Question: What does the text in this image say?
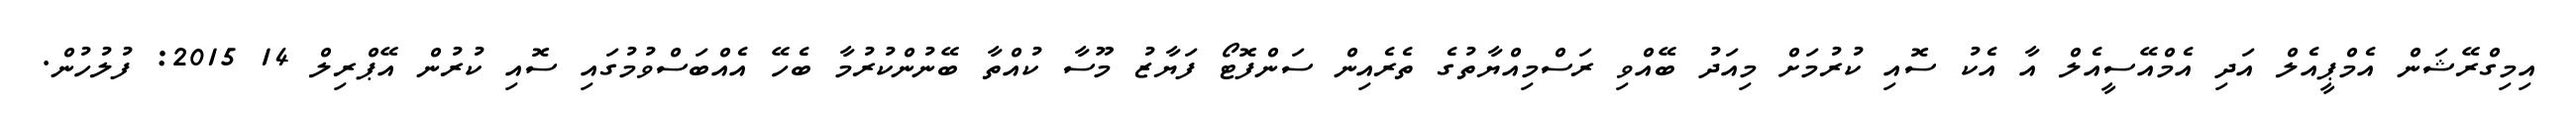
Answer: އިމިގްރޭޝަން އެމްޕީއެލް އަދި އެމްއޭސީއެލް އާ އެކު ސޮއި ކުރުމަށް މިއަދު ބޭއްވި ރަސްމިއްޔާތުގެ ތެރެއިން ސަންފޮޓޯ ފަޔާޒު މޫސާ ކުއްތާ ބޭނުންކުރުމާ ބެހޭ އެއްބަސްވުމުގައި ސޮއި ކުރުން އޭޕްރިލް 14 2015: ފުލުހުން.